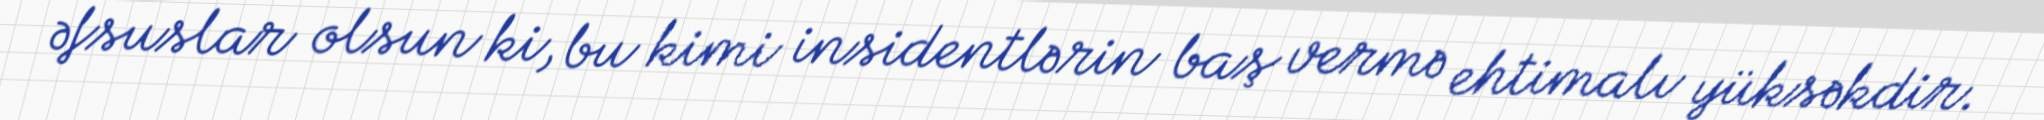
əfsuslar olsun ki, bu kimi insidentlərin baş vermə ehtimalı yüksəkdir.